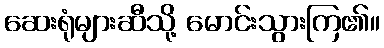
ဆေးရုံများဆီသို့ မောင်းသွားကြ၏။